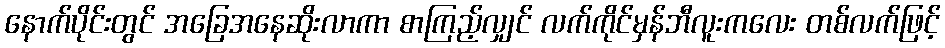
နောက်ပိုင်းတွင် အခြေအနေဆိုးလာကာ စာကြည့်လျှင် လက်ကိုင်မှန်ဘီလူးကလေး တစ်လက်ဖြင့်